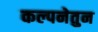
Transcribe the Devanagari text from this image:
कल्पनेतुन